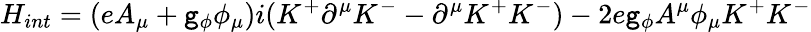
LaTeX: H_{int}=(eA_{\mu}+\mathtt{g}_{\phi}\phi_{\mu})i(K^{+}\partial^{\mu}K^{-}-\partial^{\mu}K^{+}K^{-})-2e\mathtt{g}_{\phi}A^{\mu}\phi_{\mu}K^{+}K^{-}